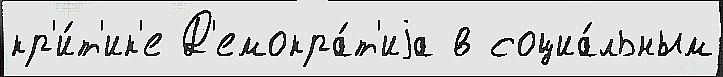
кр'и́т'ик'е Д'емокра́т'иjа в социа́льным